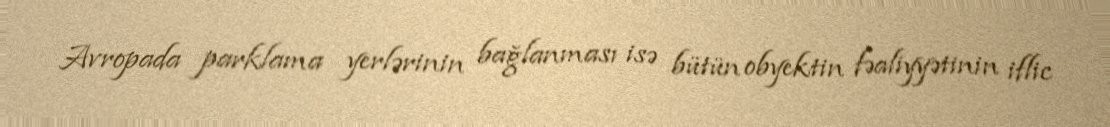
Avropada parklama yerlərinin bağlanması isə bütün obyektin fəaliyyətinin iflic